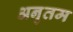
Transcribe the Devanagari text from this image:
अनृतम